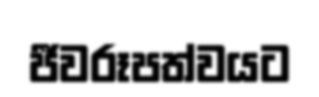
ජීවරූපත්වයට